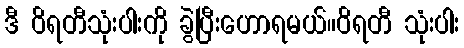
ဒီ ဝိရတီသုံးပါးကို ခွဲပြီးဟောရမယ်။ဝိရတီ သုံးပါး